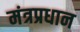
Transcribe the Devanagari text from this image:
मंत्रप्रधान